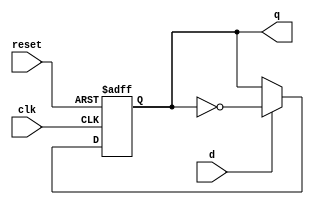
module tff(d,clk,reset,q);
input d, clk, reset;
output q;
reg q;

initial
begin q=1'b0 ; 
end 
always@(posedge clk or posedge reset)
	if(reset)
 		q <= 1'b0;
	else if(d)
		q <= ~q;

endmodule